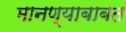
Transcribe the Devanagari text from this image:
मानण्याबाबत